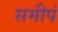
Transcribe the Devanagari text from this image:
समीपं